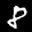
Label: 8